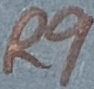
Text: R9